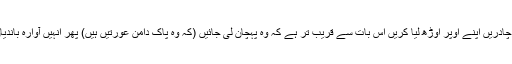
اے نبی اپنی بیویوں اپنی صاحبزادیوں اور مسلمان عورتوں سے کہ دیجئیے کہ اپنی چادریں اپنے اوپر اوڑھ لیا کریں اس بات سے قریب تر ہے کہ وہ پہچان لی جائیں (کہ وہ پاک دامن عورتیں ہیں) پھر انہیں آوارہ باندیاں سمجھ کر ایذاء نہ پہنچایا جائے اور اللہ بڑا بخشنے والا بڑا رحم فرمانے والا ہے۔